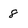
Character: 8